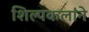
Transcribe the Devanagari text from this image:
शिल्पकलांने